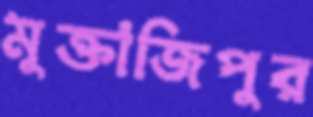
মুক্তাজিপুর